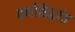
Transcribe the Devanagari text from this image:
वर्णसिद्धांत